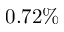
0 . 7 2 \%